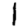
Digit: 1